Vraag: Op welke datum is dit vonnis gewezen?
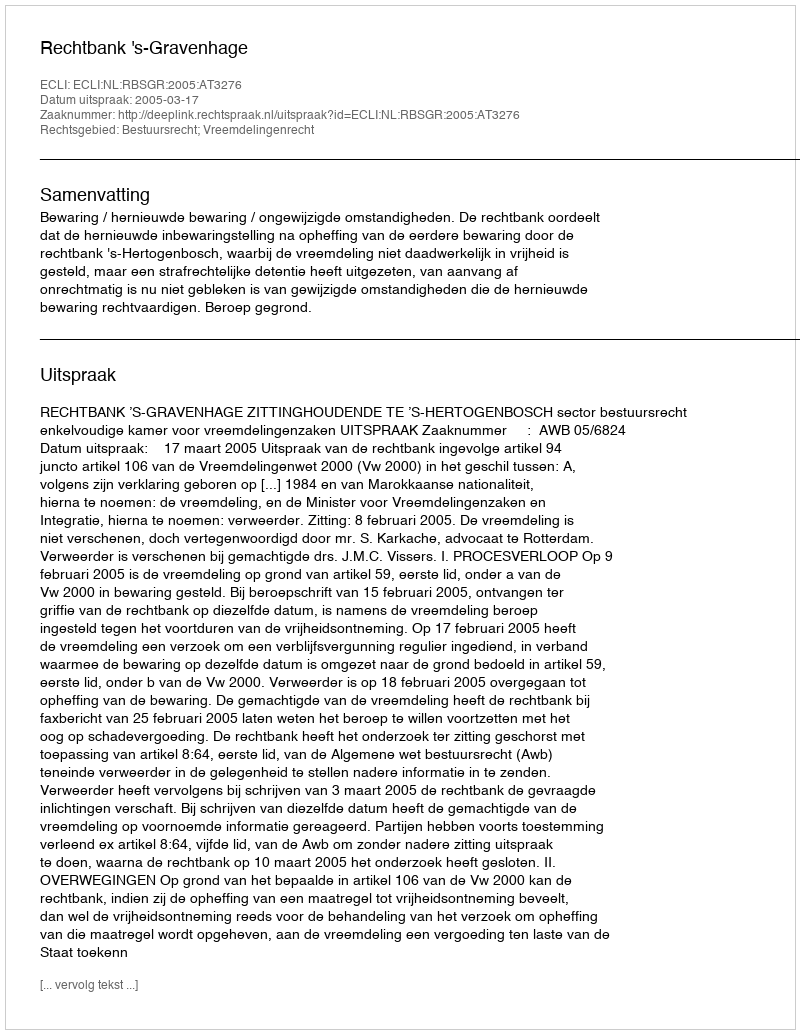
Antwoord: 2005-03-17